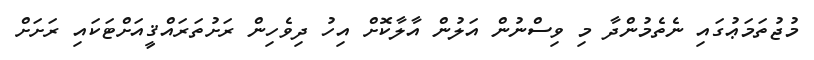
މުޖުތަމަޢުގައި ނެތެމުންދާ މި ވިސްނުން އަލުން އާލާކޮށް އިހު ދިވެހިން ރަށުތަރައްޤީއަށްޓަކައި ރަށަށް